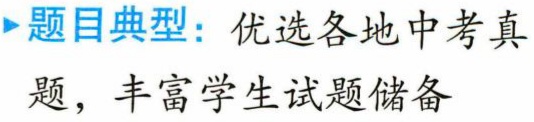
题目典型：优选各地中考真题，丰富学生试题储备